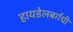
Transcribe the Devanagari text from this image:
हायडेलबर्गची